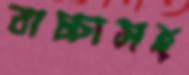
বাচ্চাসহ